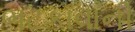
ભટકાવાની